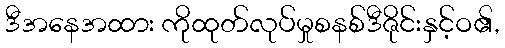
ဒီအနေအထား ကိုထုတ်လုပ်မှုစနစ်ဒီဇိုင်းနှင့်ဝ၏,